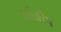
કરીહોમ